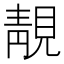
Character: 靚